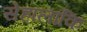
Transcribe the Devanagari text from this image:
सेहालांकि